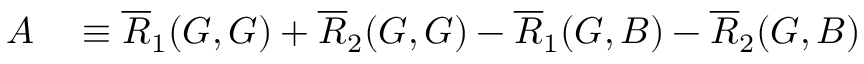
\begin{array} { r l } { A } & { { } \equiv \overline { { R } } _ { 1 } ( G , G ) + \overline { { R } } _ { 2 } ( G , G ) - \overline { { R } } _ { 1 } ( G , B ) - \overline { { R } } _ { 2 } ( G , B ) } \end{array}